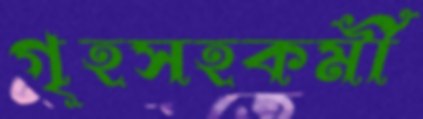
গৃহসহকর্মী